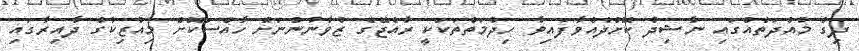
ދިގު މުއްދަތެއްގައި ނާޝިދު ކޮށްދެއްވާފައިވާ ހިދުމަތްތަކަކީ ރާއްޖޭގެ ޒުވާނުންނަށް ހާއްސަކޮށް މިއުޒިކުގެ ދާއިރާގައި